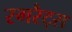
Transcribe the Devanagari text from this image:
रगरैट्स